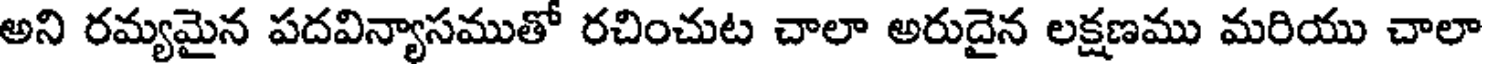
అని రమ్యమైన పదవిన్యాసముతో రచించుట చాలా అరుదైన లక్షణము మరియు చాలా